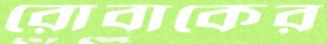
রোবাকের